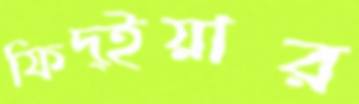
ফিদ্ইয়ার